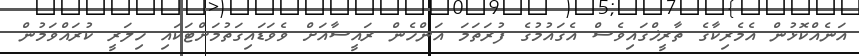
އަނެއްކޮޅުން އެމެރިކާގެ ތާރީޚްގައިވެސް އެގައުމުގެ ފުރަތަމަ އަންހެން ރައީސާއަށް ވެވަޑައިގަތުމަށްޓަކައި ހިލަރީ ކުރައްވަމުން